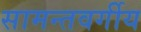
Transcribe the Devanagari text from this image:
सामन्तवर्गीय